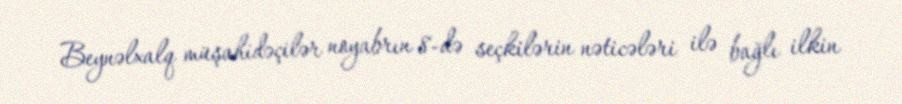
Beynəlxalq müşahidəçilər noyabrın 8-də seçkilərin nəticələri ilə bağlı ilkin